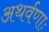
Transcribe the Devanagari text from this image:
अथर्वणाः